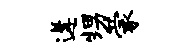
遘甥蒙